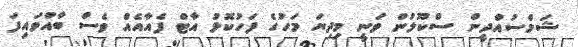
ޝަމްސުއްދީން ސްކޫލުން ވަނީ މިދިޔަ މަހުގެ ފަހުކޮޅު އާޓް ފެއާއެއް ވެސް ބާއްވައިފަ